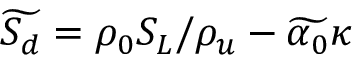
\widetilde { S _ { d } } = \rho _ { 0 } S _ { L } / \rho _ { u } - \widetilde { \alpha _ { 0 } } \kappa